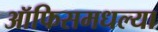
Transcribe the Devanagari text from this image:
ऑफिसमधल्या